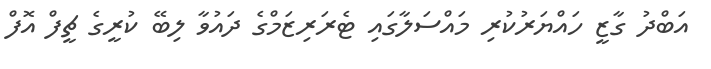
އަބްދު ގާޒީ ހައްޔަރުކުރި މައްސަލާގައި ޓެރަރިޒަމްގެ ދައުވާ ލިބޭ ކުރީގެ ޗީފް އޮފް